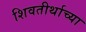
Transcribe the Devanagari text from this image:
शिवतीर्थाच्या